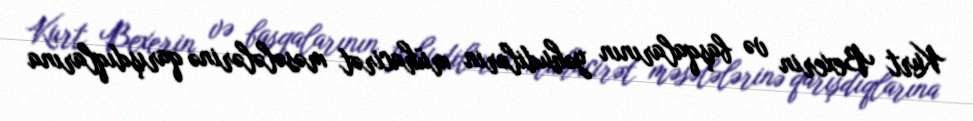
Kurt Bexerin və başqalarının yəhudilərin mühacirət məsələlərinə qarışdıqlarına